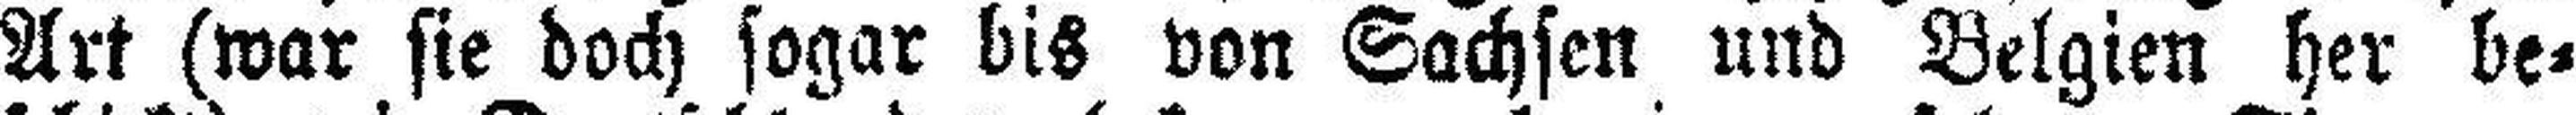
Art (war sie doch sogar bis von Sachsen und Belgien her be¬